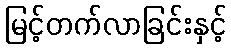
မြင့်တက်လာခြင်းနှင့်